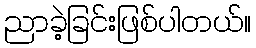
ညာခဲ့ခြင်းဖြစ်ပါတယ်။